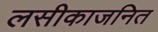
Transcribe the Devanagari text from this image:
लसीकाजनित